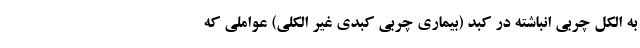
به الکل چربی انباشته در کبد (بیماری چربی کبدی غیر الکلی) عواملی که